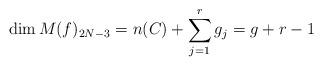
LaTeX: \begin{align*}\dim M(f)_{2N-3}=n(C)+\sum_{j=1}^r g_j=g+r-1\end{align*}